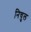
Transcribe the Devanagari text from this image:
निचुल